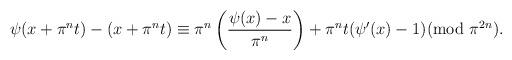
LaTeX: \begin{align*}\psi(x+{\pi}^n t) -(x+{\pi}^n t) \equiv {\pi}^n\left(\frac{\psi(x)-x}{{\pi}^n}\right) +{\pi}^n t(\psi'(x)-1) ({\rm mod} \ {\pi}^{2n}).\end{align*}